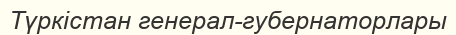
Түркістан генерал-губернаторлары